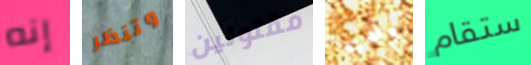
إنه وتنظر مقتولين ولديها ستقام